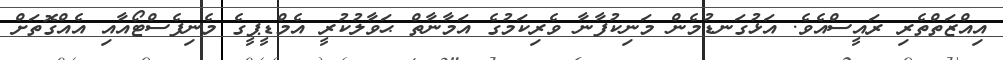
އިއްޒަތްތެރި ރައީސްއެވެ. އަޅުގަނޑުމެން މަނިކުފާނާ ވެރިކަމުގެ އަމާނާތް ޙަވާލުކުރީ އެމްޑީޕީގެ މެނިފެސްޓޯއާއި އެއްގޮތަށް